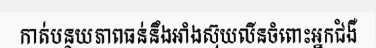
កាត់បន្ថយភាពធន់នឹងអាំងស៊ុយលីនចំពោះអ្នកជំងឺ